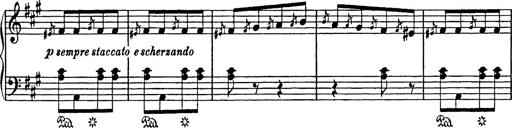
Title: Mephisto Polka
Composer: Franz Liszt